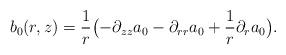
LaTeX: \begin{align*}b_0(r,z)=\frac 1 r \bigl(- \partial_{zz} a_0 -\partial_{rr} a_0 +\frac 1 r \partial_r a_0 \bigr).\end{align*}